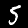
Digit: 5